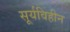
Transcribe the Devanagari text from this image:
सूर्यविहीन